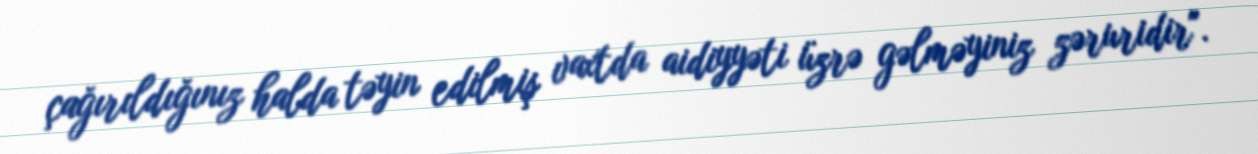
çağırıldığınız halda təyin edilmiş vaxtda aidiyyəti üzrə gəlməyiniz zəruridir".